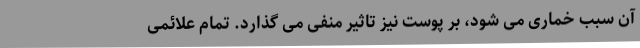
آن سبب خماری می شود، بر پوست نیز تاثیر منفی می گذارد. تمام علائمی